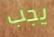
يجب